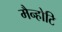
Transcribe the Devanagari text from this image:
मैन्होटि